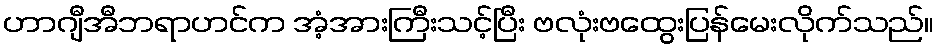
ဟာဂျီအီဘရာဟင်က အံ့အားကြီးသင့်ပြီး ဗလုံးဗထွေးပြန်မေးလိုက်သည်။